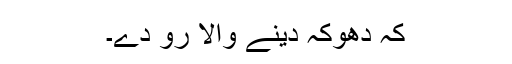
کہ دھوکہ دینے والا رو دے۔